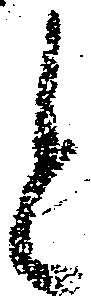
と